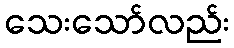
သေးသော်လည်း